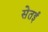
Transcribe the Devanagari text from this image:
सेतई